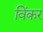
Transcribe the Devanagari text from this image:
विंकर